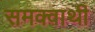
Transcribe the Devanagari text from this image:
समक्वाथी